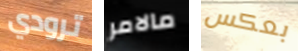
ترودي مالامر بعكس